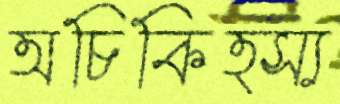
অচিকিত্স্য